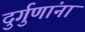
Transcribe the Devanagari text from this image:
दुर्गुणांना